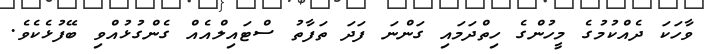
ވާހަކަ ދެއްކުމުގެ މީހުންގެ ހިތްދަމައި ގަންނަ ފަދަ ތަފާތު ސްޓައިލްއެއް ގެންގުޅުއްވި ބޭފުޅެކެވެ.